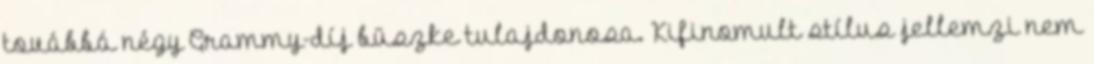
továbbá négy Grammy-díj büszke tulajdonosa. Kifinomult stílus jellemzi nem